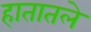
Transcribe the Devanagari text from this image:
हातातले